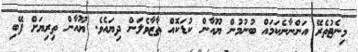
މިނެޓުތެރޭ އަންނާނެކަމައް ބުނުމުން ޔޫއާން ކުޑަކޮއް ތާޒާވެލަން ދިޔައެވެ. ޔޫއާން ތިރިޔަށް ފޭބި